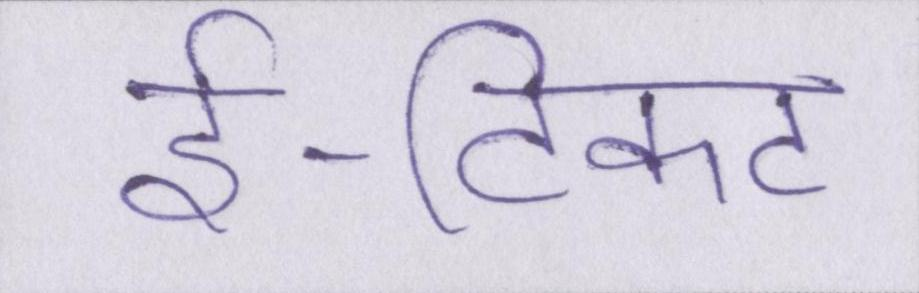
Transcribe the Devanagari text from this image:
ई-टिकट